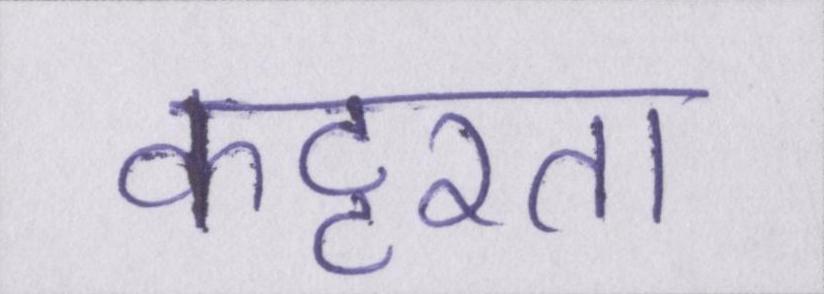
कट्टरता